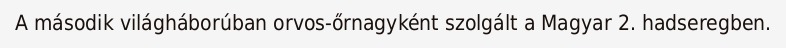
A második világháborúban orvos-őrnagyként szolgált a Magyar 2. hadseregben.